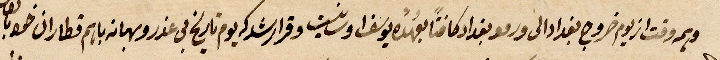
وبم وقت از يوم خروج بغداد الى ورمو بغداد ... بعهده يوسف ... وقرار شركة يوم تاريخ في عزرو بهمانة باسم قطارات ...